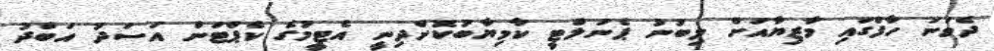
ދެވަނަ ހާފްގައި މާޒިޔާއަށް ލިބުނު ޕެނަލްޓީ ކާމިޔާބުކޮށްދިނީ އެޓީމުގެ ކެޕްޓަން އަސަދު އަބްދު